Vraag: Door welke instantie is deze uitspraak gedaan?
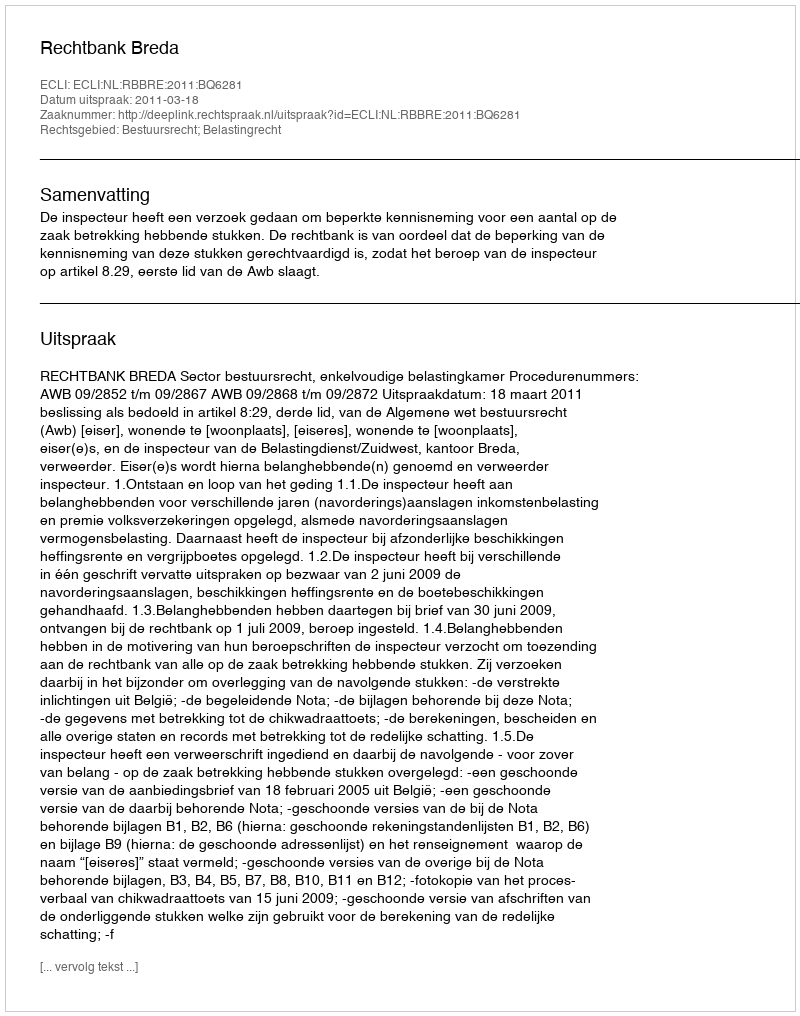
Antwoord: Rechtbank Breda